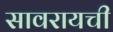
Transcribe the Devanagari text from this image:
सावरायची